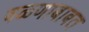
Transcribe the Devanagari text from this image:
वळणाबाबत